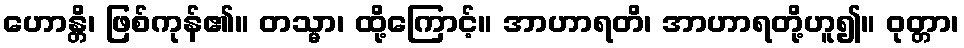
ဟောန္တိ၊ ဖြစ်ကုန်၏။ တသ္မာ၊ ထို့ကြောင့်။ အာဟာရတိ၊ အာဟာရတို့ဟူ၍။ ဝုတ္တာ၊